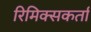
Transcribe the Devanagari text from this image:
रिमिक्सकर्ता